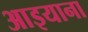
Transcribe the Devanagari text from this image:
आइयाना